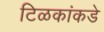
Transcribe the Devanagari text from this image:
टिळकांकडे